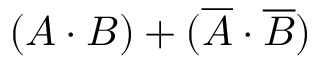
( A \cdot B ) + ( { \overline { { A } } } \cdot { \overline { { B } } } )